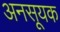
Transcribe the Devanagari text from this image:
अनसूयक